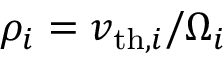
\rho _ { i } = v _ { \mathrm { t h } , i } / \Omega _ { i }